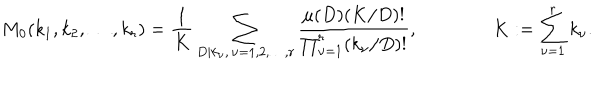
LaTeX: M _ { 0 } ( k _ { 1 } , k _ { 2 } , \dots , k _ { r } ) = \frac 1 { K } \sum _ { D | k _ { \nu } , \, \nu = 1 , 2 , \dots , r } \frac { \mu ( D ) ( K / D ) ! } { \prod _ { \nu = 1 } ^ { r } ( k _ { \nu } / D ) ! } , \qquad \qquad K : = \sum _ { \nu = 1 } ^ { r } k _ { \nu } .